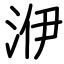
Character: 洢